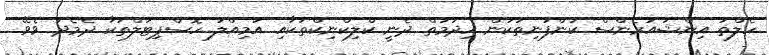
ހެލްތު އިންޝުއަރެންސް ކުންފުނިތަކުން ހިދުމަތް ދެނީ ކްލިކްނިކްތަކާއި އަމިއްލަ ހޮސްޕިޓަލްތަކާ ދެމެދު ވެވޭ